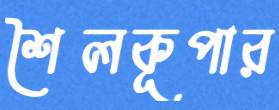
শৈলকূপার